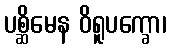
ပစ္ဆိမေန ဝိရူပက္ခော၊